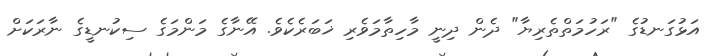
އަޅުގަނޑުގެ "ރަހުމަތްތެރިޔާ" ދެން ދިނީ މާހިތާމަވެރި ޚަބަރެކެވެ. އޭނާގެ މަންމަގެ ސިކުނޑީގެ ނާރަކަށް